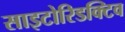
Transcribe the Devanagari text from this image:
साइटोरिडक्टिव